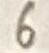
Text: 6